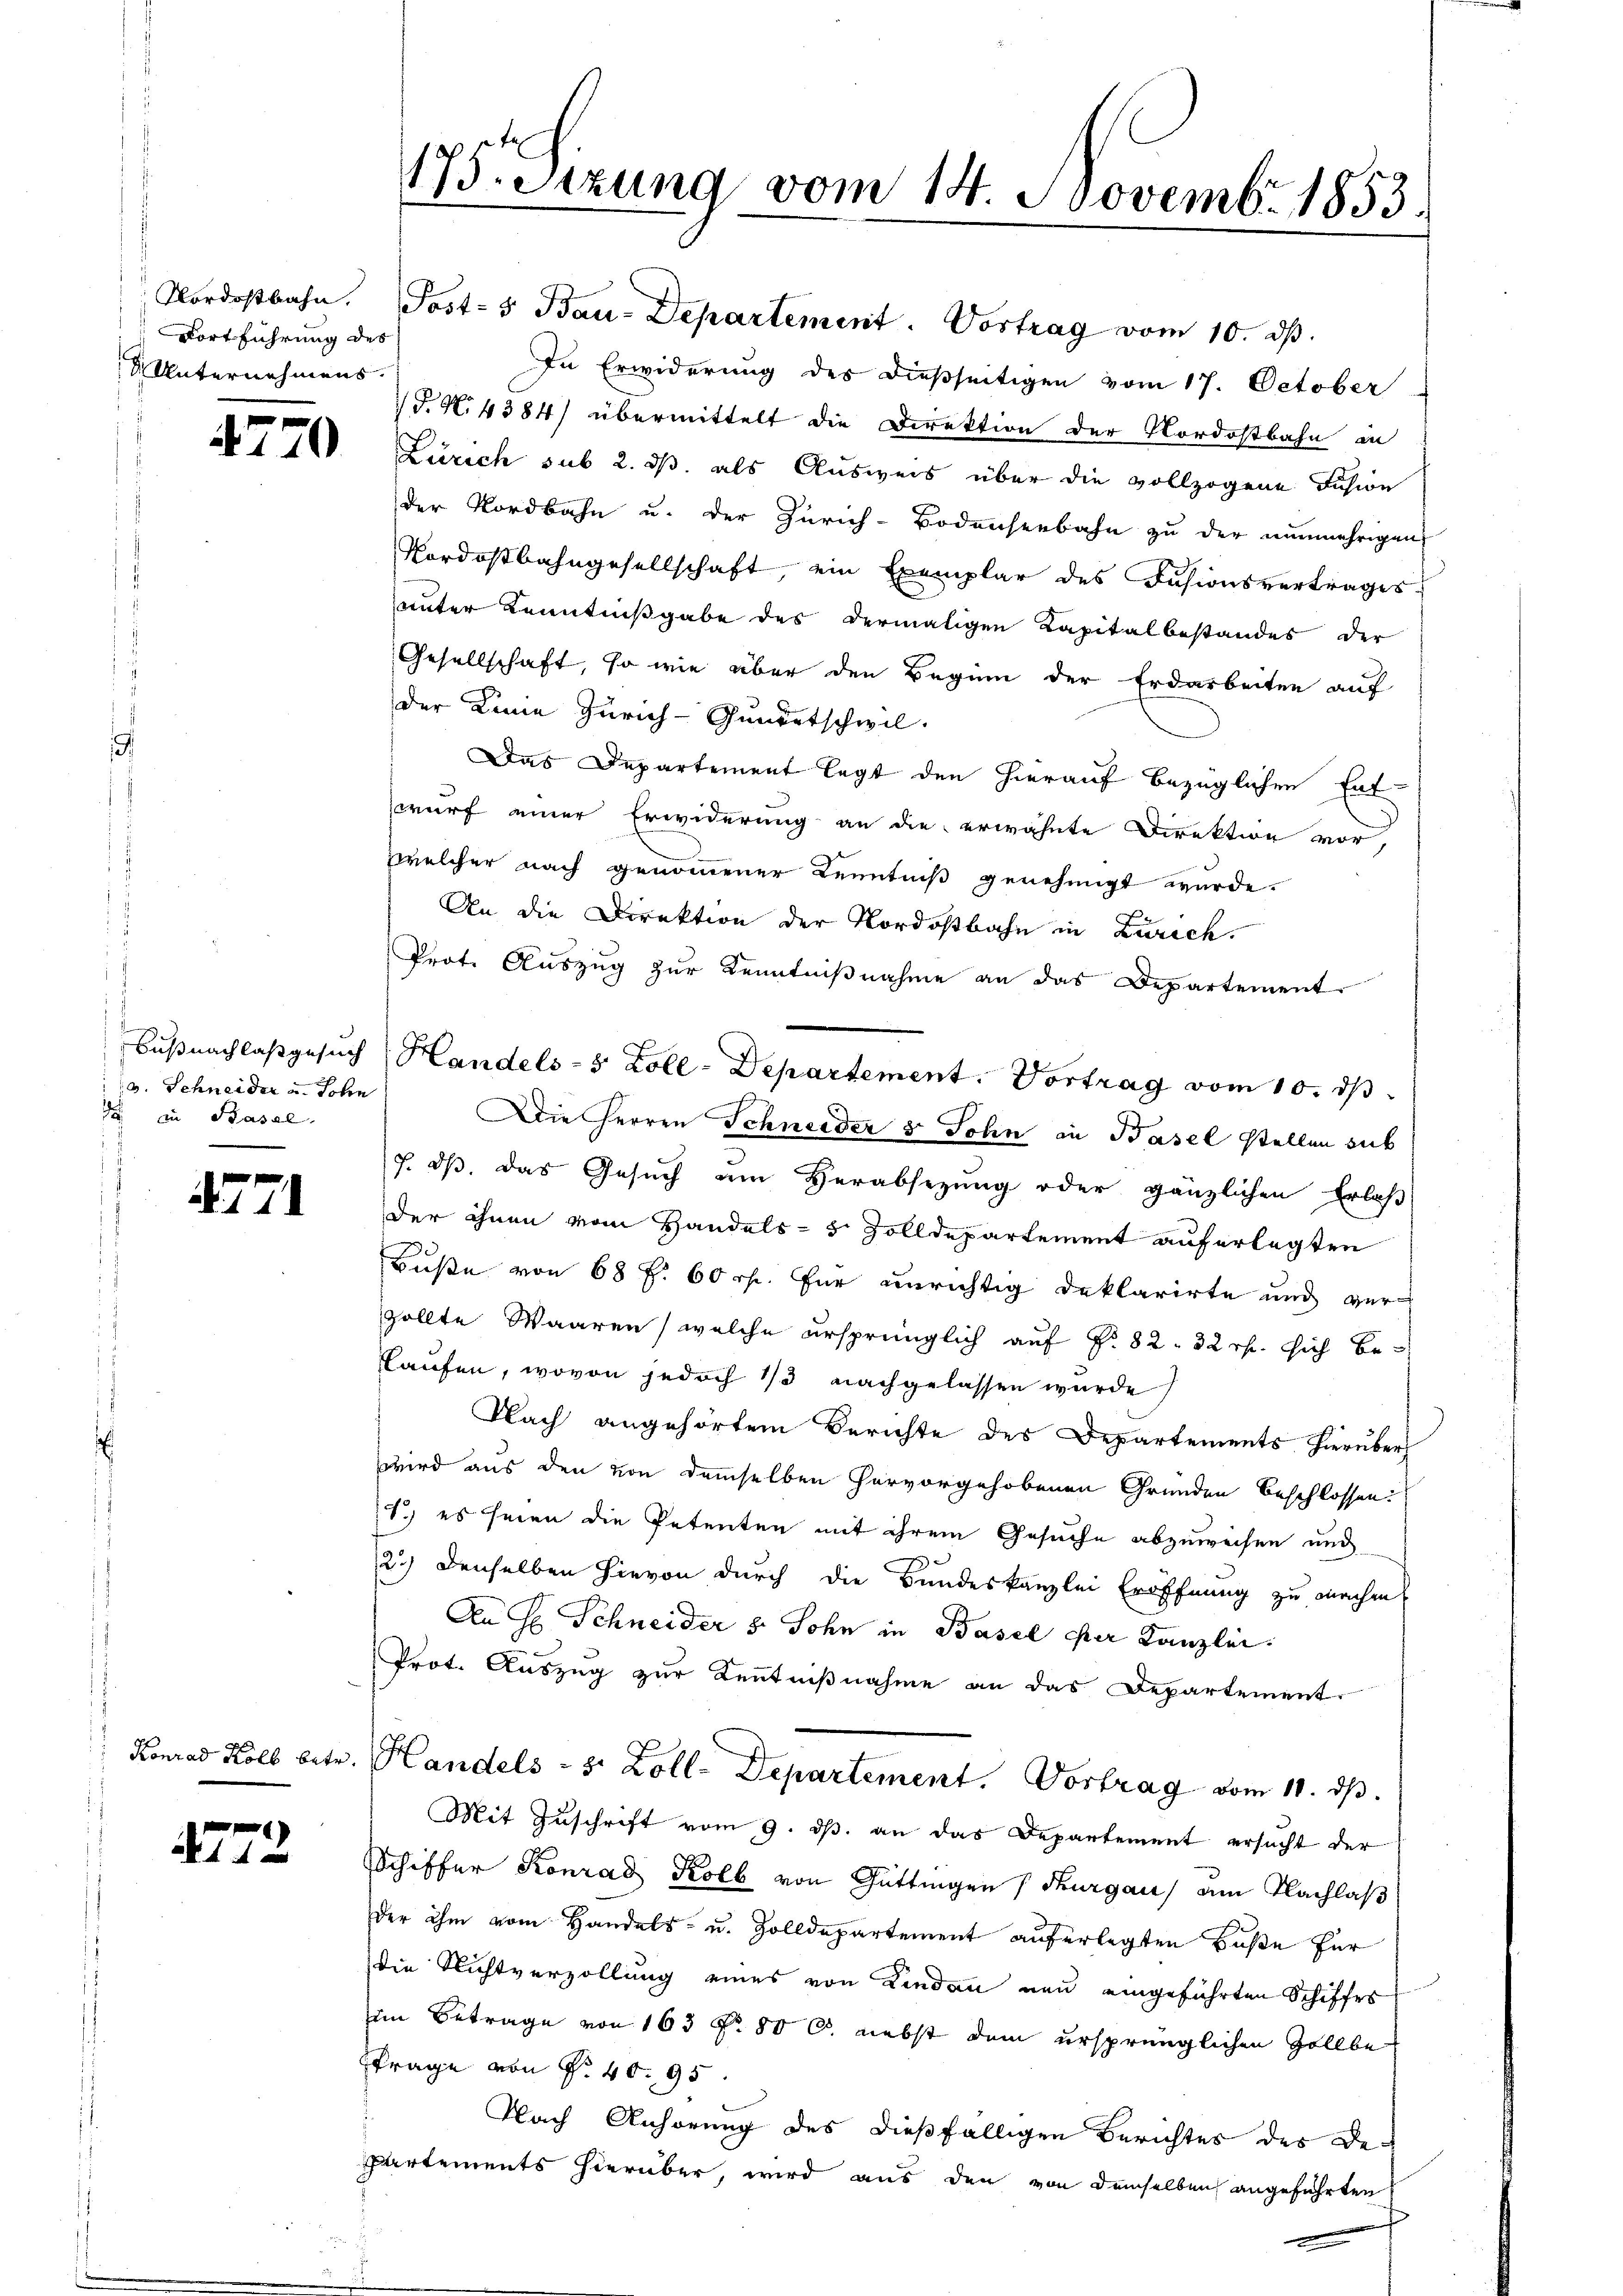
Fortführung des
 Unternehmens.

4770

v. Schneider u. Sohn
1 in Basal

471

Konrad Kolb betr.

f
 4 f 0

Nordostbahn. Post-s Bau-Departement. Vortrag vom 10. ds.
In Erwiderung des dießseitigen vom 17. October
T. N. 4384) übermittelt die Direktion der Nordostbahn in
Zürich sub 2. ds. als Ausweis über die vollzogene Fusion
der Nordbahn u. der Zürich-Bodenseebahn zu der nunmehrigen
Nordostbahngesellschaft, ein Exemplar des Fusionsvertrages
unter Kenntnißgabe des dermaligen Kapitalbestandes der
Gesellschaft, so wie über den Beginn der Erdarbeiten auf
der Linie Zürich-Gunortschwil.
Das Departement legt den hierauf bezüglichen Ent-
wurf einer Erwiderung an die erwähnte Direktion vor,
welcher nach genommener Kenntniß genehmigt wurde.
An die Direktion der Nordostbahn in Zürich.
Prote Auszug zur Kenntnißnahme an das Departement
Büßnachlasgesuch Handels-s Zoll-Departement. Vortrag vom 10. ds.
Die Herren Schneider 5 Sohn in Basel stellen sich
7. ds. das Gesuch um Verabsezung oder gänzlichen Erlaß
der ihnen vom Handels- 5 Zolldepartement auferlegten
Buße von 68 f. 60 rp. für unrichtig deklarirte und verzollte Waaren, welche ursprünglich auf §. 82. 32 rh. sich beflaufen, wovon jedoch 1/3 nachgelassen wurde
Nach angehörtem Berichte des Departements hierüber
wird aus den von demselben hervorgehobenen Gründen beschlossen:
1) es seien die Petenten mit ihrem Gesuche abzuweisen und
2.) Denselben hievon durch die Bundeskanzlei Eröffnung zu machen
An H. Schneider 5 Sohn in Basel der Kanzlei.
Prot. Auszug zur Kenntnißnahme an das Departement.
Handels- 3. Zoll-Departement. Vortrag vom 11. dβ.
Mit Zuschrift vom 9. ds. an das Departement ersucht der
Schiffer Konrad Kolb von Güttingen Thurgau) am Nachlaß
der ihm vom Handels- u. Zolldepartement aŭf erlegten Bŭβe für
die Nichtverzollung eines von Kinden neu eingeführten Schiffes
im Betrage von 163 Fr. 80 C. nebst dem ursprünglichen Zollbe
trage von No 40. 95
Nach Anhörung des dießfälligen Berichtes des De¬
Partements hierüber, wird aus den von demselben angeführten

2
175. Sitzung vom 14. Novembr. 1853.